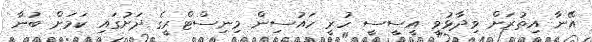
އޭނާ އިތުރަށް ވިދާޅުވީ އީސީސީ ހުރީ ހައުސިން މިނިސްޓްރީގެ ދަށުގައި ކަމަށް ބުނާ